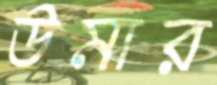
উমার